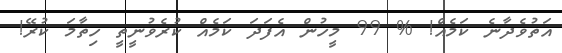
އަތުވެދާނެ ކަމެއް! % 99 މީހުން އެފަދަ ކަމެއް ކުރެވުނީތީ ހިތާމަ ކުރޭ!